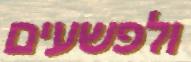
ולפשעים